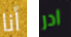
أنا ادر